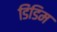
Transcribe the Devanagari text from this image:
डिंडिम